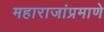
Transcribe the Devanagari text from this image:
महाराजांप्रमाणे